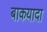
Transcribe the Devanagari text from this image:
बाकयादा